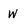
Character: w